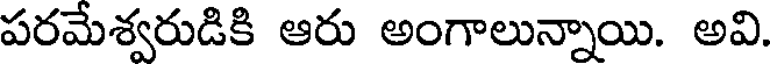
పరమేశ్వరుడికి ఆరు అంగాలున్నాయి. అవి.